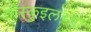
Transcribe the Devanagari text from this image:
वॉस्कुइलच्या